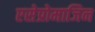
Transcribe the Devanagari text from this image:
एसेप्रोमाजिन